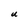
Character: U